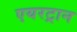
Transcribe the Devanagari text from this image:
एयरट्रान